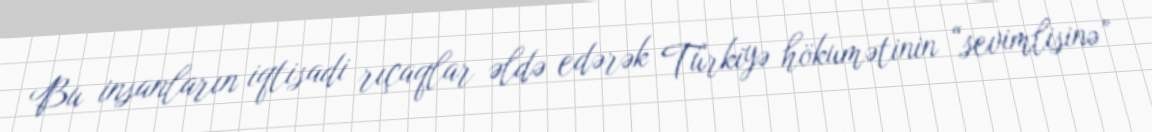
Bu insanların iqtisadi rıçaqlar əldə edərək Türkiyə hökumətinin “sevimlisinə”